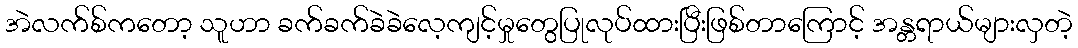
အဲလက်စ်ကတော့ သူဟာ ခက်ခက်ခဲခဲလေ့ကျင့်မှုတွေပြုလုပ်ထားပြီးဖြစ်တာကြောင့် အန္တရာယ်များလှတဲ့